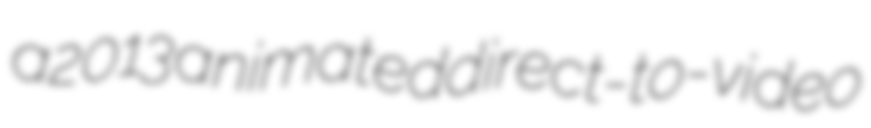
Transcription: a 2013 animated direct-to-video